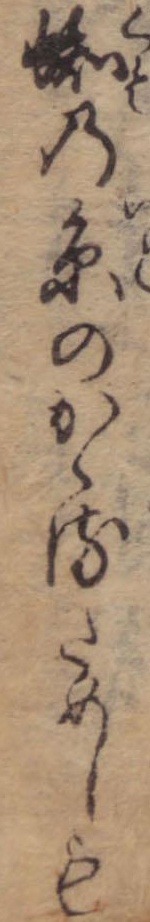
蜘の糸のかゝるためしも